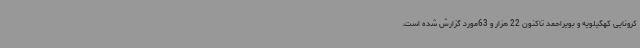
کرونایی کهگیلویه و بویراحمد تاکنون 22 هزار و 63مورد گزارش شده است.